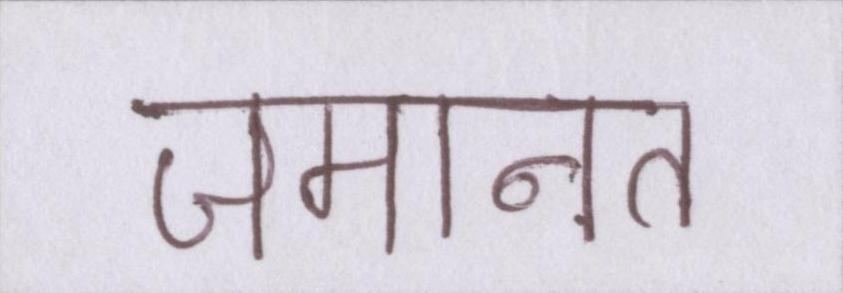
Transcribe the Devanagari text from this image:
जमानत